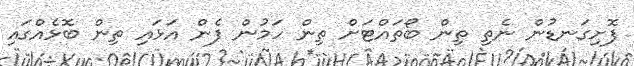
ފޮށިގަނޑުން ނެތި ތިން ބޯތައްޓަށް ތިން ހަމުން ފެން އަޅައި ތިން ބޮޅެއްގައި